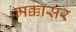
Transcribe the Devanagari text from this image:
मक्कासर